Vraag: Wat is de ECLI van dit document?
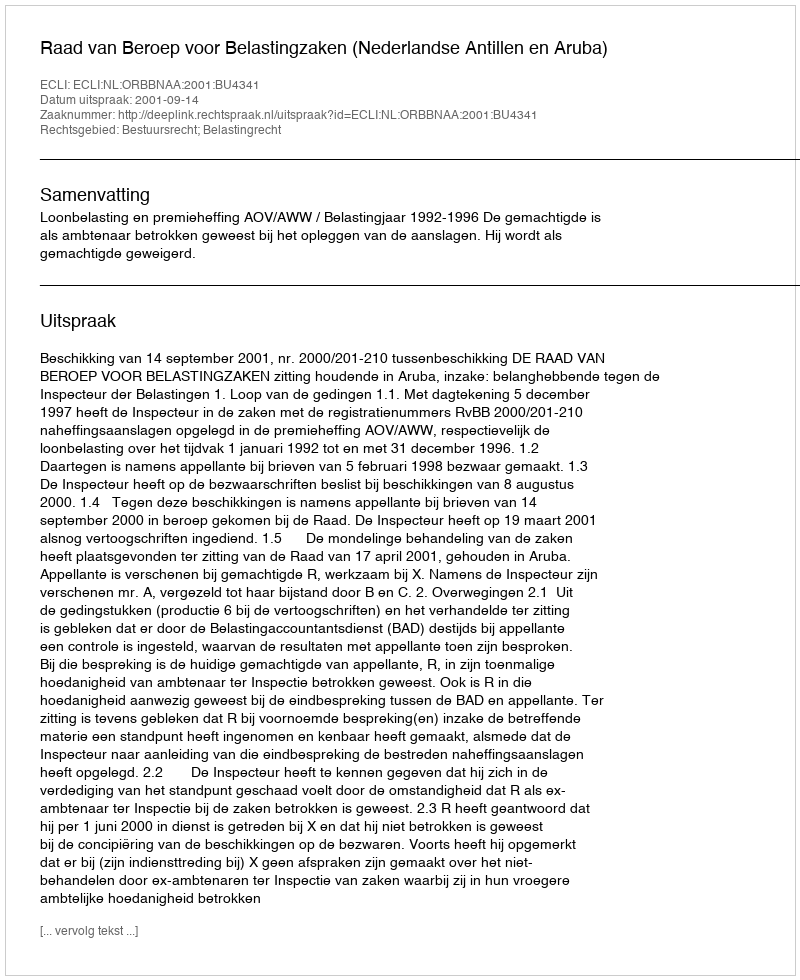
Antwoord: ECLI:NL:ORBBNAA:2001:BU4341